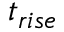
t _ { r i s e }